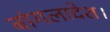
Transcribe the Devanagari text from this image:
बांगलादेश।